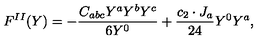
F ^ { I I } ( Y ) = - { \frac { C _ { a b c } Y ^ { a } Y ^ { b } Y ^ { c } } { 6 Y ^ { 0 } } } + { \frac { c _ { 2 } \cdot J _ { a } } { 2 4 } } Y ^ { 0 } Y ^ { a } ,